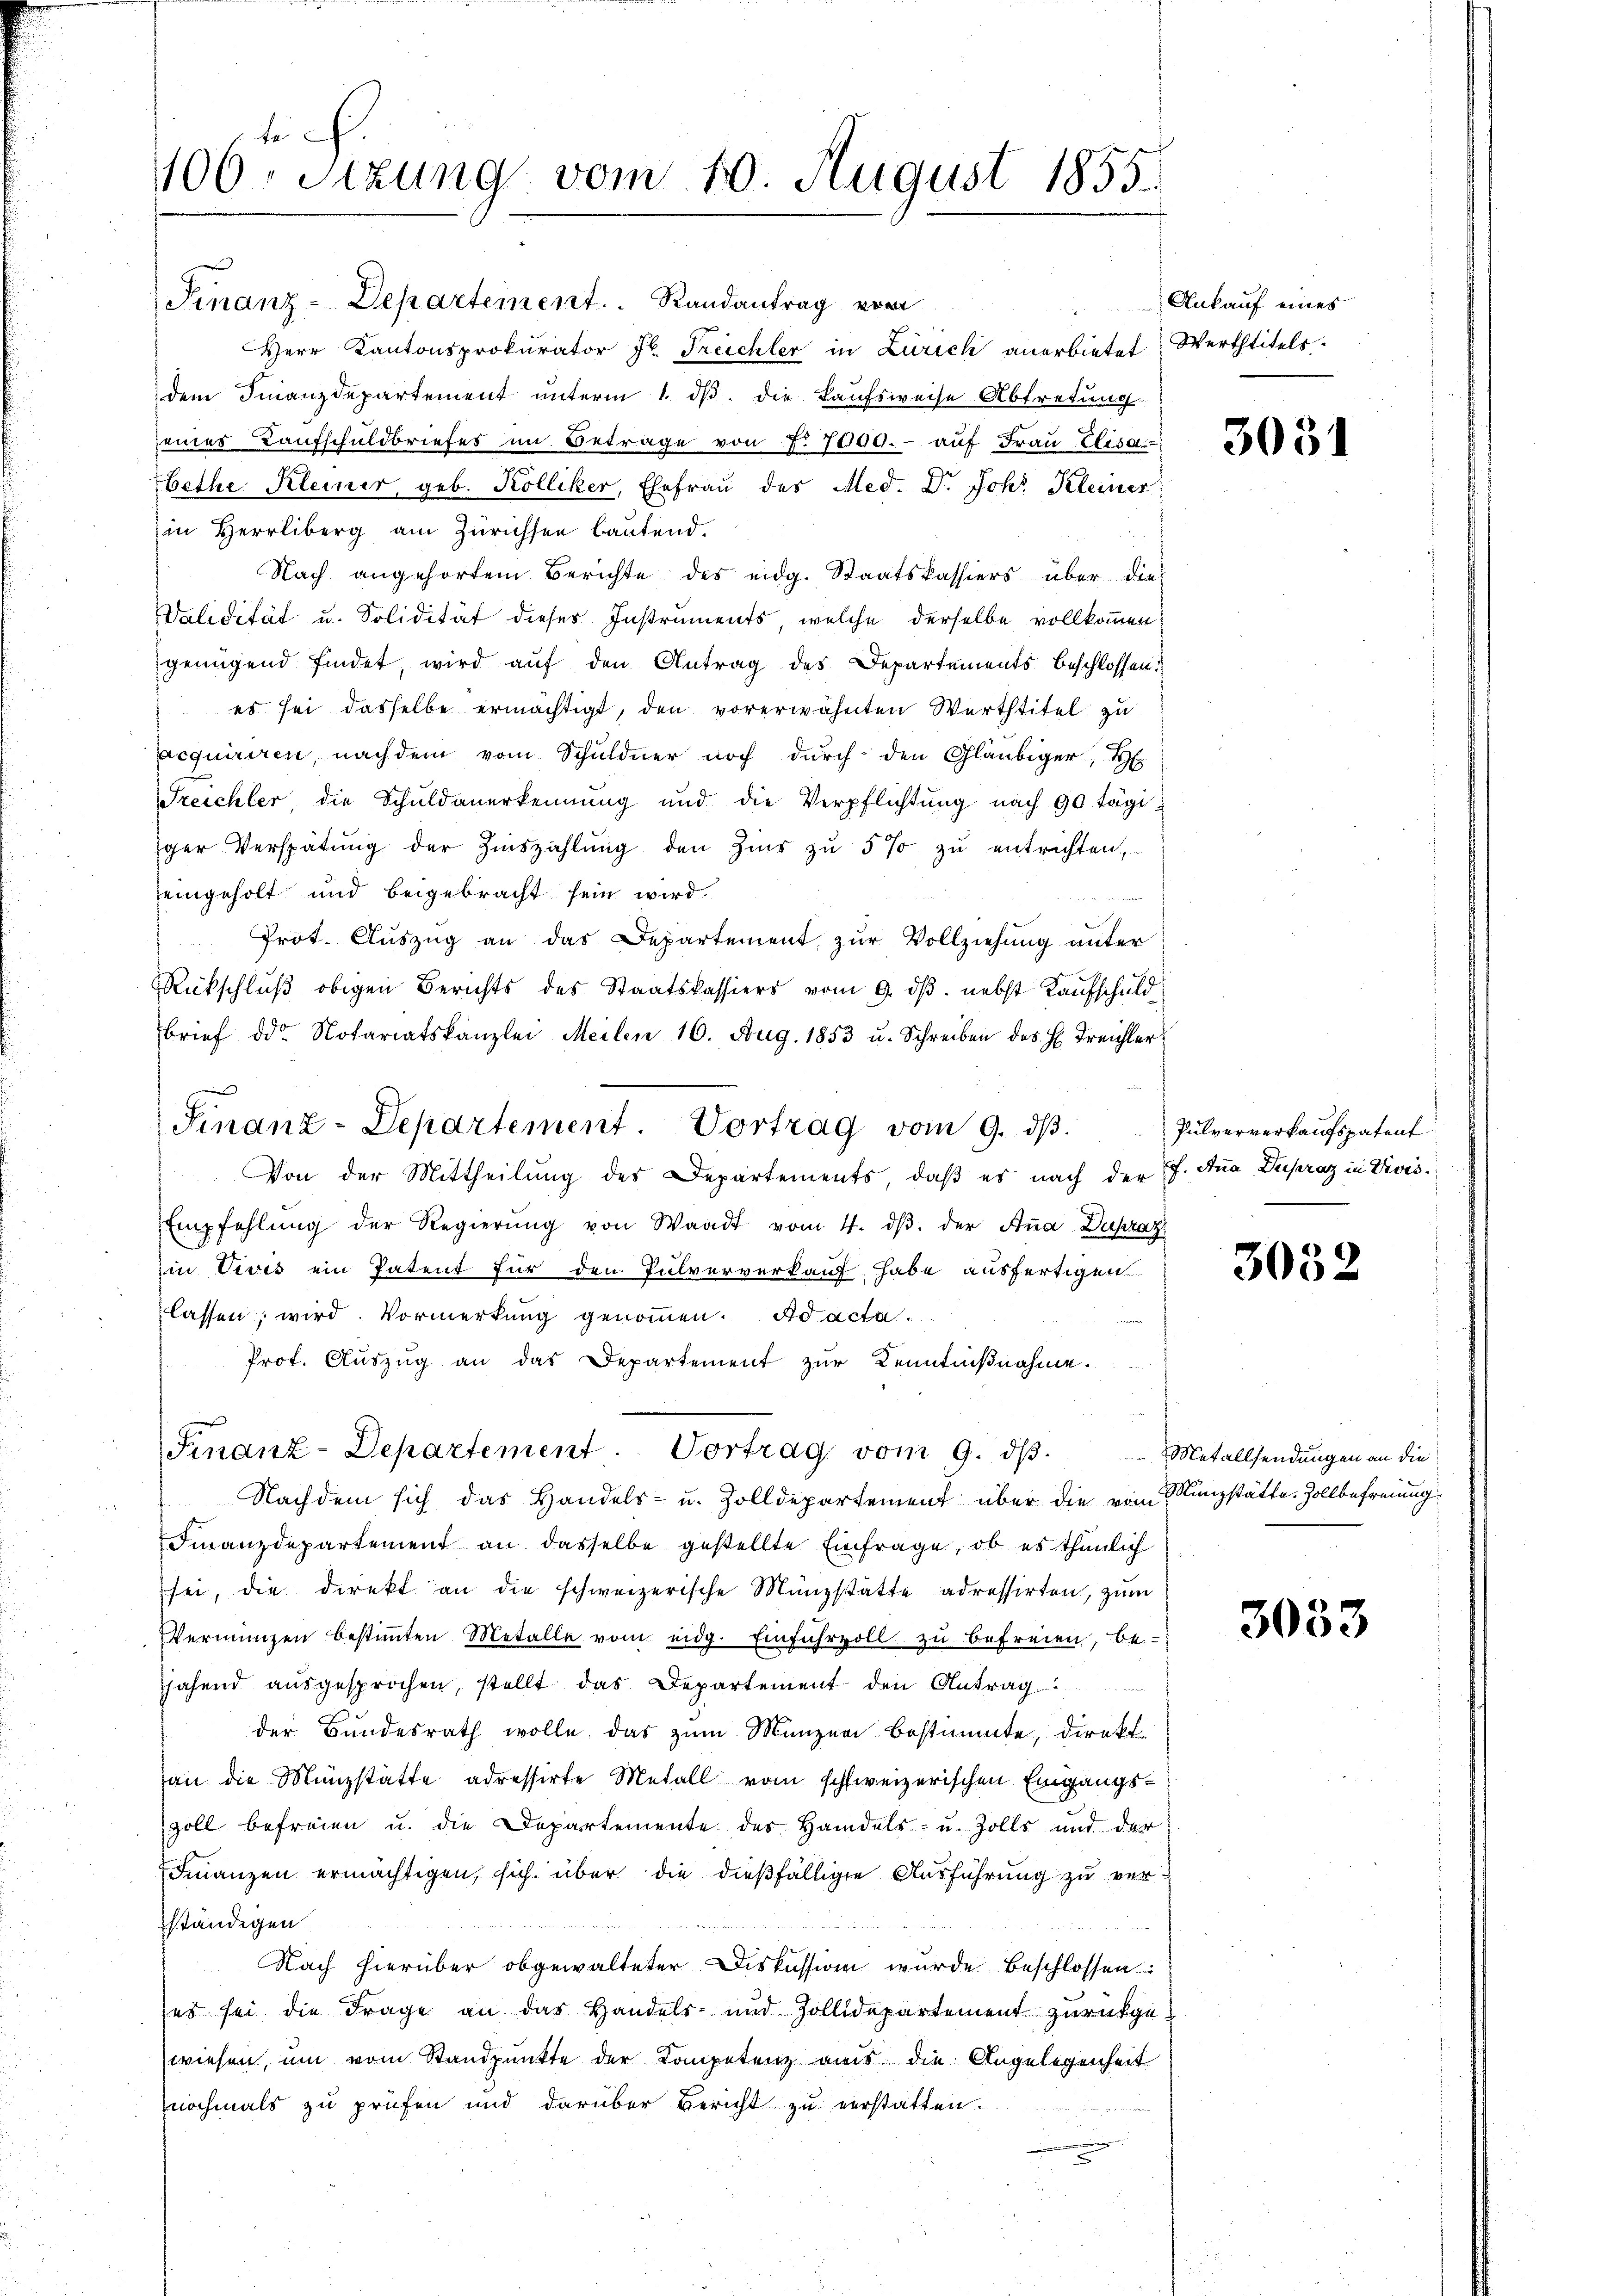
te
106. Sitzung vom 10. August 1855.

Finanz-Departement. Randantrag vom
HHerr Kantonsprokurator J. Treichler in Zürich anerbietet. Werttitels
dem Finanzdepartement unterm 1. ds. die Laufsweise Abtretung
seines Kaufschuldbriefes im Betrage von f. 7000.- aŭf Frau Elisa
bethe Kleiner, geb. Kolliker, Ehefrau des Med. Dr. Joh. Kleiner
in Herrliberg am Zürichten lautend.
Nach angehörtem Berichte des eidg. Staatskassiers über die
Validität u. Solidität dieses Instruments, welche derselbe vollkommen
genügend findet, wird auf den Antrag des Departements beschlossen:
 es sei dasselbe ermächtigt, den vorerwähnten Werthtitel zu
acquiriren, nachdem vom Schuldner noch durch den Gläubiger,
Treichter die Schuldanerkennung und die Verpflichtung nach 90 tägiger Verspätŭng der Zinszahlŭng den Zins zŭ 5% zŭ entrichten,
eingeholt und beigebracht sein wird.
Prot. Auszug an das Departement zur Vollziehung unter
Rückschlŭβ obigen Berichts des Staatskassiers vom 9. dβ. nebst Kaŭfschuld
brief der Notariatskanzlei Meilen 16. Aug. 1853 u. Schreiben des H. Freichler¬
Finanz-Departement. Vortrag vom 9. dβ.
Von der Mittheilung des Departements, daß es nach der Pf. Ana Dupraz in Divis¬
Empfehlŭng der Regierŭng von Waadt vom 4. dβ. der Aṅa Dupraz
Ein Vivis ein Patent für den Pulververkauf habe ausfertigen
lassen, wird. Vormerkung genommen. Ad acta.
Prot. Auszug an das Departement zur Kenntnißnahme.

Finanz-Departement. Vortrag vom 9. ds.

Ankauf eines

Nachdem sich das Handels- u. Zolldepartement über die vom Münzstätte. Zollbefreiung
Finanzdepartement an dasselbe gestellte Einfrage, ob es thunlich
sei, die direkt an die schweizerische Münzstatte adressirten, zum
Vermungen bestimmten Metalle vom eidg. Einfuhrvoll zu befreien, be
jahend ausgesprochen, stellt das Departement den Antrag
der Bundesrath wolle das zum Münzen bestimmte, direkt
an die Münzstatte adressirte Metall vom schweizerischen Eingangszoll befreien u. die Departemente des Handels- u. Zolls und der
Finanzen ermächtigen, sich über die dießfällige Ausführung zu verständigen
Nach hierüber obgewalteter Diskussion wurde beschlossen:
es sei die Frage an das Handels- und Zollidepartement zurückge-
wiesen, um vom Standpunkte der Kompetenz aus die Angelegenheit
nochmals zu prüfen und darüber Bericht zu verstatten.

3031

Pulververkaufspatent

3052

Metallsendungen an die

3033